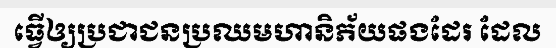
ធ្វើឲ្យប្រជាជនប្រឈមហានិភ័យផងដែរ ដែល